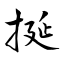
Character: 挻